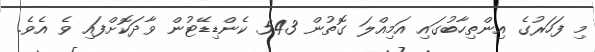
މި ފަހަރުގެ އިންތިހާބުގައި އަމިއްލަ ގޮތުން 543 ކެންޑިޑޭޓުން ވާދަކޮށްފައި ވެ އެވެ.